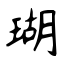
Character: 瑚